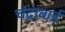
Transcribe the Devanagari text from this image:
चंद्राबाई